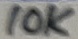
Text: 10K